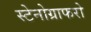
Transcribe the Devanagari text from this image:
स्टेनोग्राफरो